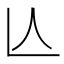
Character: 亾